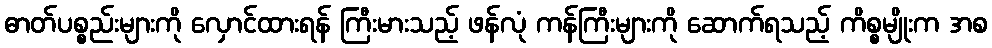
ဓာတ်ပစ္စည်းများကို လှောင်ထားရန် ကြီးမားသည့် ဖန်လုံ ကန်ကြီးများကို ဆောက်ရသည့် ကိစ္စမျိုးက အစ